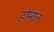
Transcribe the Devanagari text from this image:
होमाल